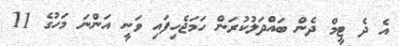
އެ ދެ ޓީމް ދެން ބައްދަލުކުރަން ހަމަޖެހިފައި ވަނީ އަންނަ މަހުގެ 11